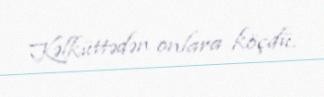
Kəlküttədən onlara köçdü.